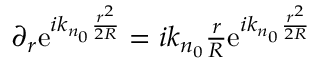
\begin{array} { r } { \partial _ { r } \mathrm { e } ^ { i k _ { n _ { 0 } } \frac { r ^ { 2 } } { 2 R } } = i k _ { n _ { 0 } } \frac { r } { R } \mathrm { e } ^ { i k _ { n _ { 0 } } \frac { r ^ { 2 } } { 2 R } } } \end{array}